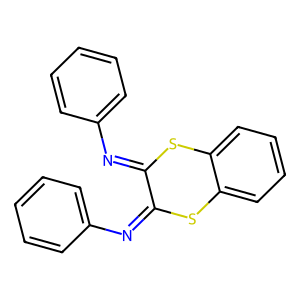
SMILES: c1ccc(N=c2sc3ccccc3sc2=Nc2ccccc2)cc1
Inhibits HIV replication: No